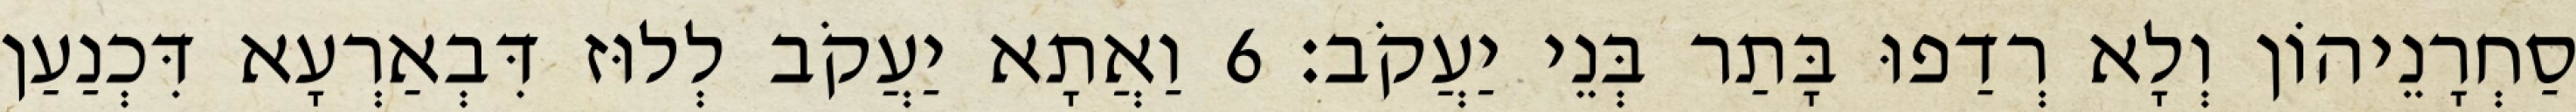
סַחְרָנֵיהוֹן וְלָא רְדַפוּ בָּתַר בְּנֵי יַעֲקֹב׃ 6 וַאֲתָא יַעֲקֹב לְלוּז דִּבְאַרְעָא דִּכְנַעַן